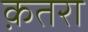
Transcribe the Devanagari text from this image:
क़तरा